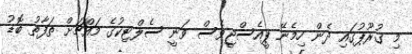
މި ގުރޫޕުގައި ދެން ހިމެނޭ ޕީއެސްޖީވެސް ވަނީ ސެލްޓިކުގެ މައްޗަށް ތަފާތު ބޮޑު